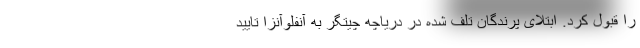
را قبول کرد. ابتلای پرندگان تلف شده در دریاچه چیتگر به آنفلوآنزا تایید